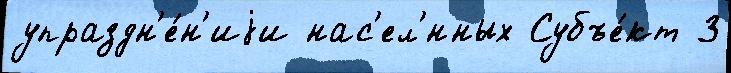
упраздн'е́н'иjи нас'ел'́нных Субъе́кт 3